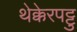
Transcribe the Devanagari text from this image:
थेक्केरपट्टु